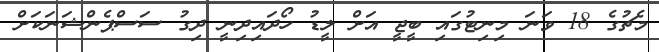
މެޗުގެ 18 ވަނަ މިނިޓުގައި ބީޖީ އަށް ލީޑު ހޯދައިދިނީ ދިގު ސަސްޕެންޝަނަކަށް